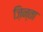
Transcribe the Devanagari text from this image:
ज़िन्ता